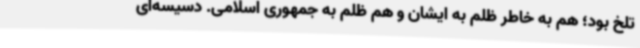
تلخ بود؛ هم به خاطر ظلم به ایشان و هم ظلم به جمهوری اسلامی. دسیسه‌ای